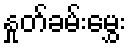
နှုတ်ခမ်းမွှေး